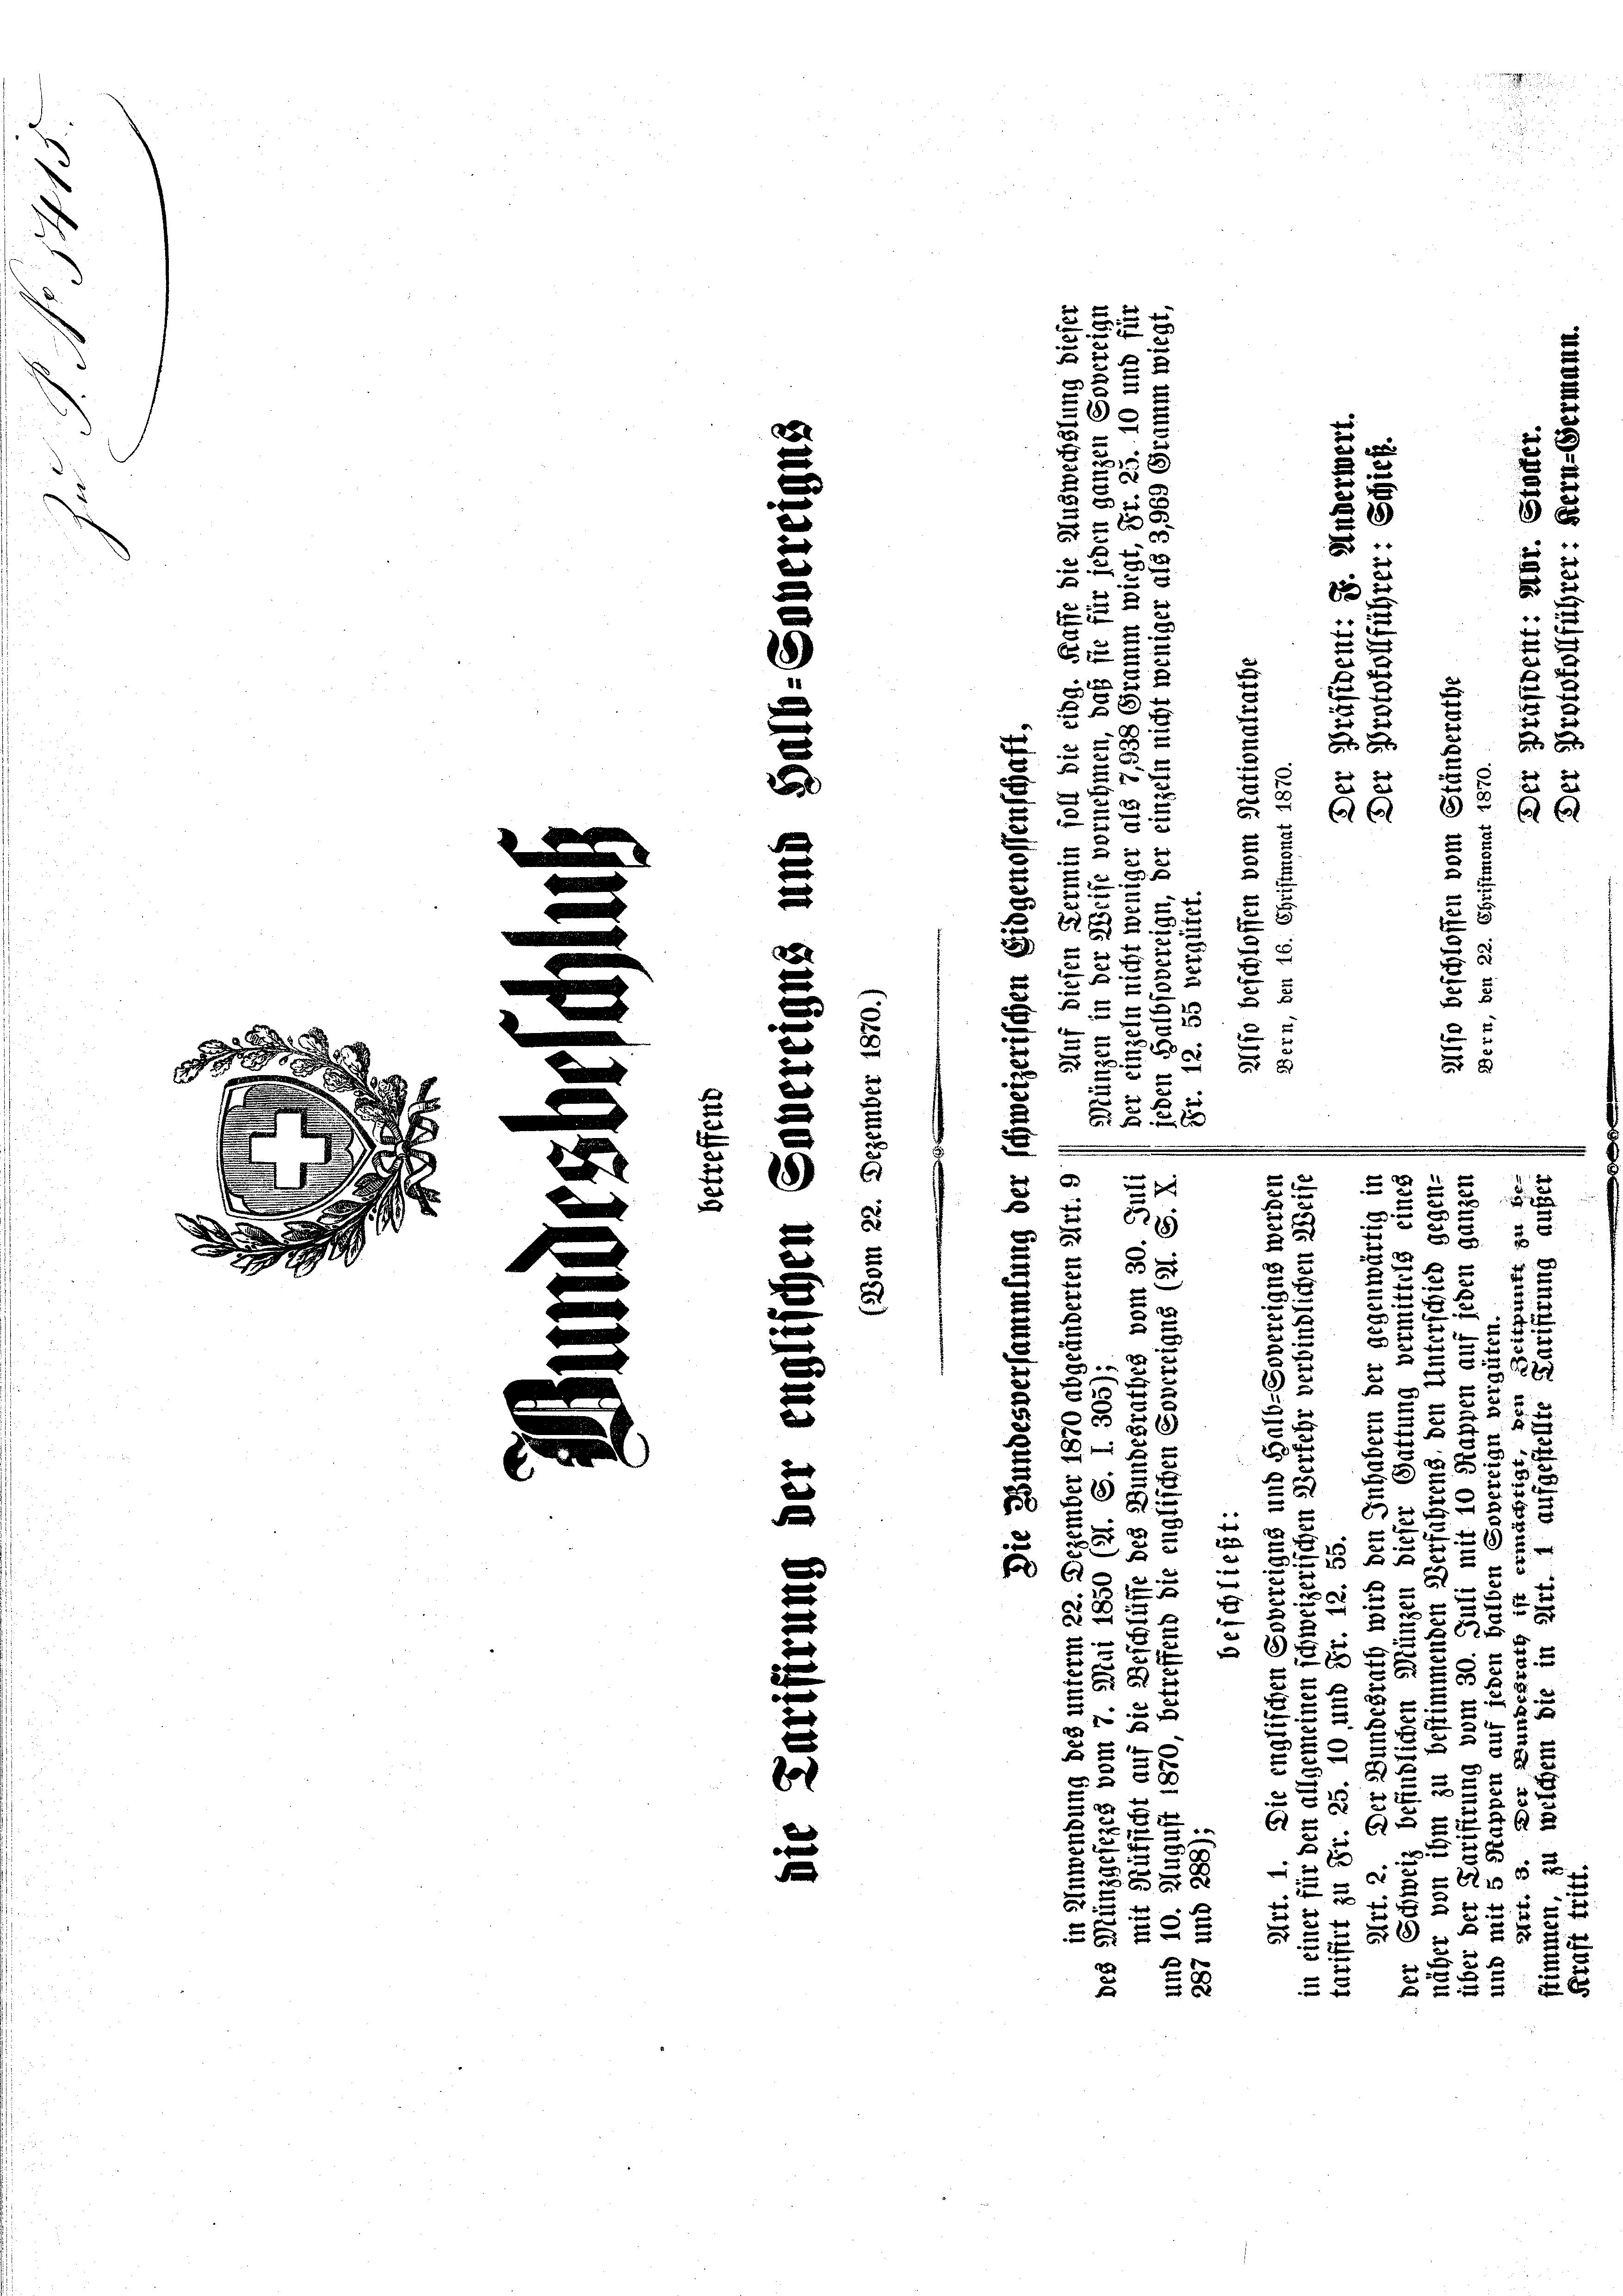
e
e
e
e
.
 E
n
Die
e

d

d
e
8
e
e
e
.
e
d
s
e
¬
2

2

.
S

e

2
t
u

8

e

e
e
e
d

d
be
d

x
5
u
t
8

2
.
7
b
.

F
8
t
3
x

d
F
s
.
2
e

5
5
d
2
8
u
e
t

5
u
u
5
2
2
u
.
5

u
e
u
x
F
u
u
75
22
c
u
 2
x
d
B
2

 2
u
x
e
8
F
u
2

 x

2
2
f xx

e
.
.
e
d
f
5
2
2

3
d
2
2
E
2
u
2
F
52
8
55
 x
d
x
5
s
e
e
8
 x
2
x
2
u
 5.
aus
0x
8)
e
e
f
d

F
2 x
u
5
u
d
.
d
u
2

22

u
8

2

3 f 45 x
555

0
6.
2
¬
2
2
2

J
u
8
2
62
e
3
x
.
u
2
881

 x
x
.
2
xx
d
u
.
.
x
d
2
 x
u

5
2
S
2
2
x
 0 f 0 x
f
e
d
2
u
2
23.
s
s
2
5

3
§ 26
d vie
2
u

f 6 x
25
65
e
2
3

F

au
u
t

m
 xx
 x 2 x
2
 0 f 0 x xx

u
 xx
2 f 0 x

 x
1

5
a
 58

e
e
d
s
t
o

2
d

.
u

x
5
2
d

.

0 f 0 x
3
.

2

.
1 x
u
u

e
m

.

1

x